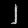
Digit: ၂